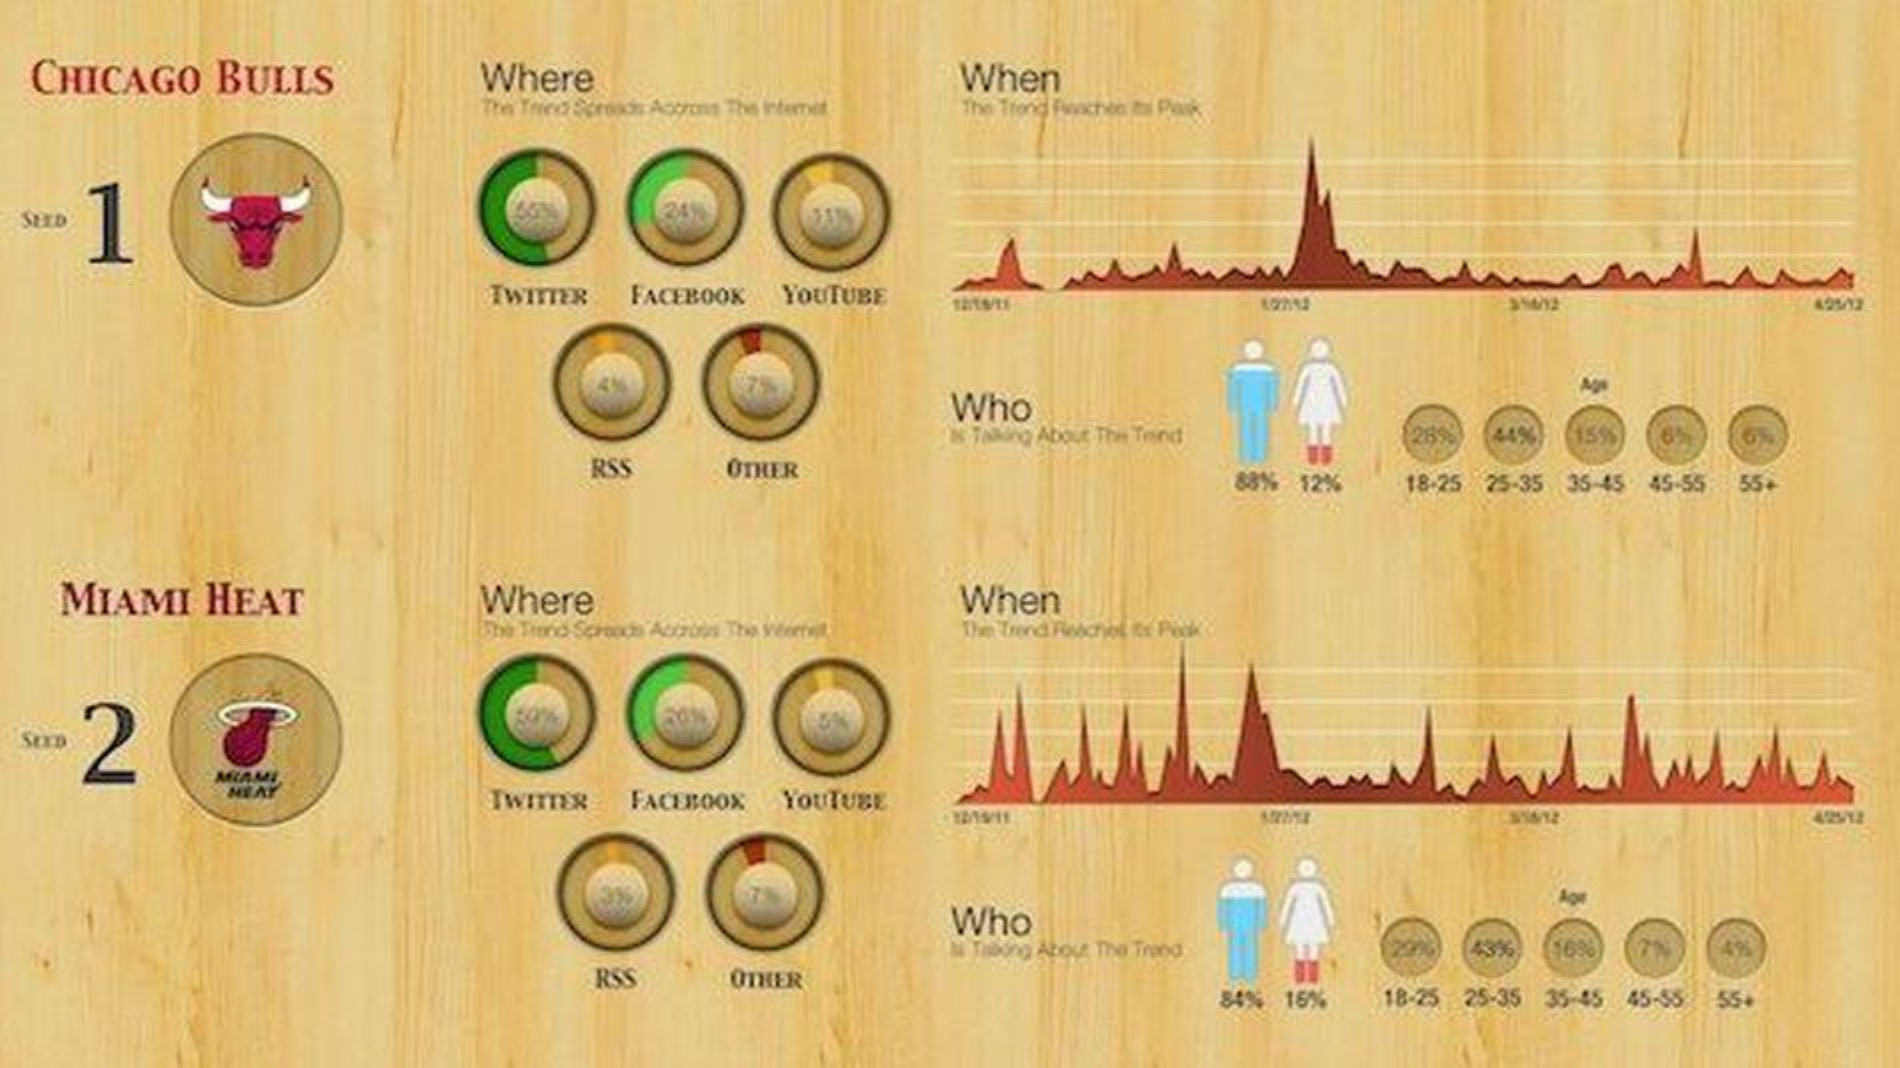
CHICAGO    BULLS    Where    When
     The Trico Spreads Accrons This intemet The Trend Fischen bal Plass
  SEID
     TWITTER    FACEBOOK    YOUTUBE
     Who
     Talking About The Tried    289   44%   15%
     RSS    OTHER    88% 12%    18-25 25-35 35-45  45-55 55+
     MIAMI    HEAT    Where    When
     The Trend Fieochol ky Piek :
     2
     NEAY
     TWITTER    FACEBOOK    YOUTUBE
     Who
     Tisong About The Treeg    43%   16%
     RSS    OTHER
     84%  16%    18-25 25-35 35-45 45-55  554